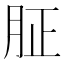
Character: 𦙫